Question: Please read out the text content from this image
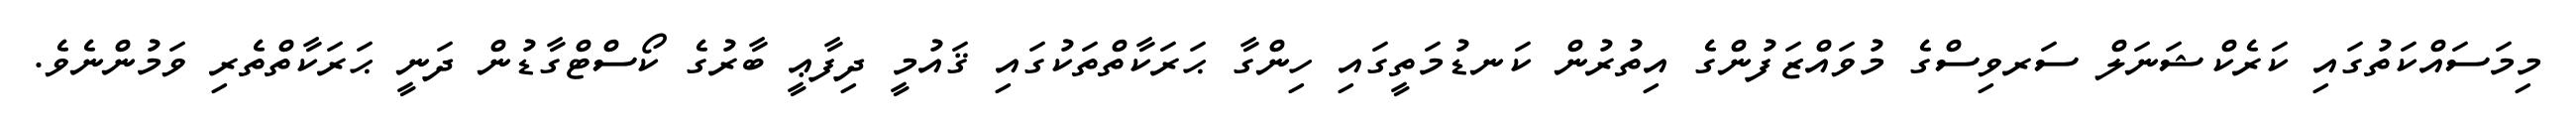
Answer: މިމަސައްކަތުގައި ކަރެކްޝަނަލް ސަރވިސްގެ މުވައްޒަފުންގެ އިތުރުން ކަނޑުމަތީގައި ހިންގާ ޙަރަކާތްތަކުގައި ޤައުމީ ދިފާޢީ ބާރުގެ ކޯސްޓްގާޑުން ދަނީ ޙަރަކާތްތެރި ވަމުންނެވެ.